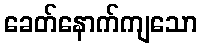
ခေတ်နောက်ကျသော